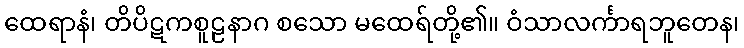
ထေရာနံ၊ တိပိဋကစူဠနာဂ စသော မထေရ်တို့၏။ ဝံသာလင်္ကာရဘူတေန၊